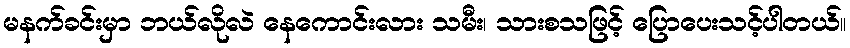
မနက်ခင်းမှာ ဘယ်လိုလဲ နေကောင်းလား သမီး၊ သားစသဖြင့် ပြောပေးသင့်ပါတယ်။